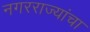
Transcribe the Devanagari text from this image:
नगरराज्यांचा